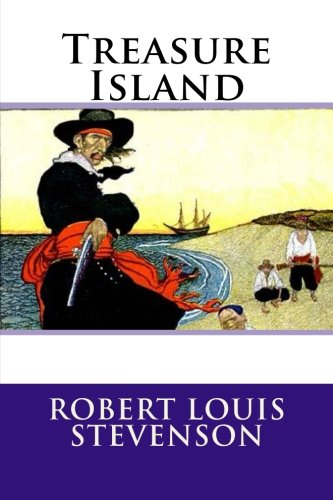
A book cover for Treasure Island; Robert Louis Stevenson; Literature & Fiction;